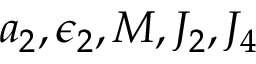
a _ { 2 } , \epsilon _ { 2 } , M , J _ { 2 } , J _ { 4 }